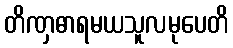
တိဏှဓာရမယသူလမုပေတိ